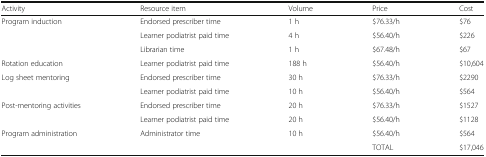
| Activity | Resource item | Volume | Price | Cost |
 | --- | --- | --- | --- | --- |
 | <ROWSPAN=3> Program induction | Endorsed prescriber time | 1 h | $76.33/h | $76 |
 | Learner podiatrist paid time | 4 h | $56.40/h | $226 |
 | Librarian time | 1 h | $67.48/h | $67 |
 | Rotation education | Learner podiatrist paid time | 188 h | $56.40/h | $10,604 |
 | <ROWSPAN=2> Log sheet mentoring | Endorsed prescriber time | 30 h | $76.33/h | $2290 |
 | Learner podiatrist paid time | 10 h | $56.40/h | $564 |
 | <ROWSPAN=2> Post-mentoring activities | Endorsed prescriber time | 20 h | $76.33/h | $1527 |
 | Learner podiatrist paid time | 20 h | $56.40/h | $1128 |
 | Program administration | Administrator time | 10 h | $56.40/h | $564 |
 | <COLSPAN=3>  | TOTAL | $17,046 |